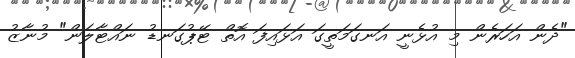
"ދެން އަހަރެން މި އުޅެނީ އަނގަމަތީގަ އަޅައިފަ އޮތް ޓޭޕުގަނޑު ނައްޓާލަން" މުނާޒު